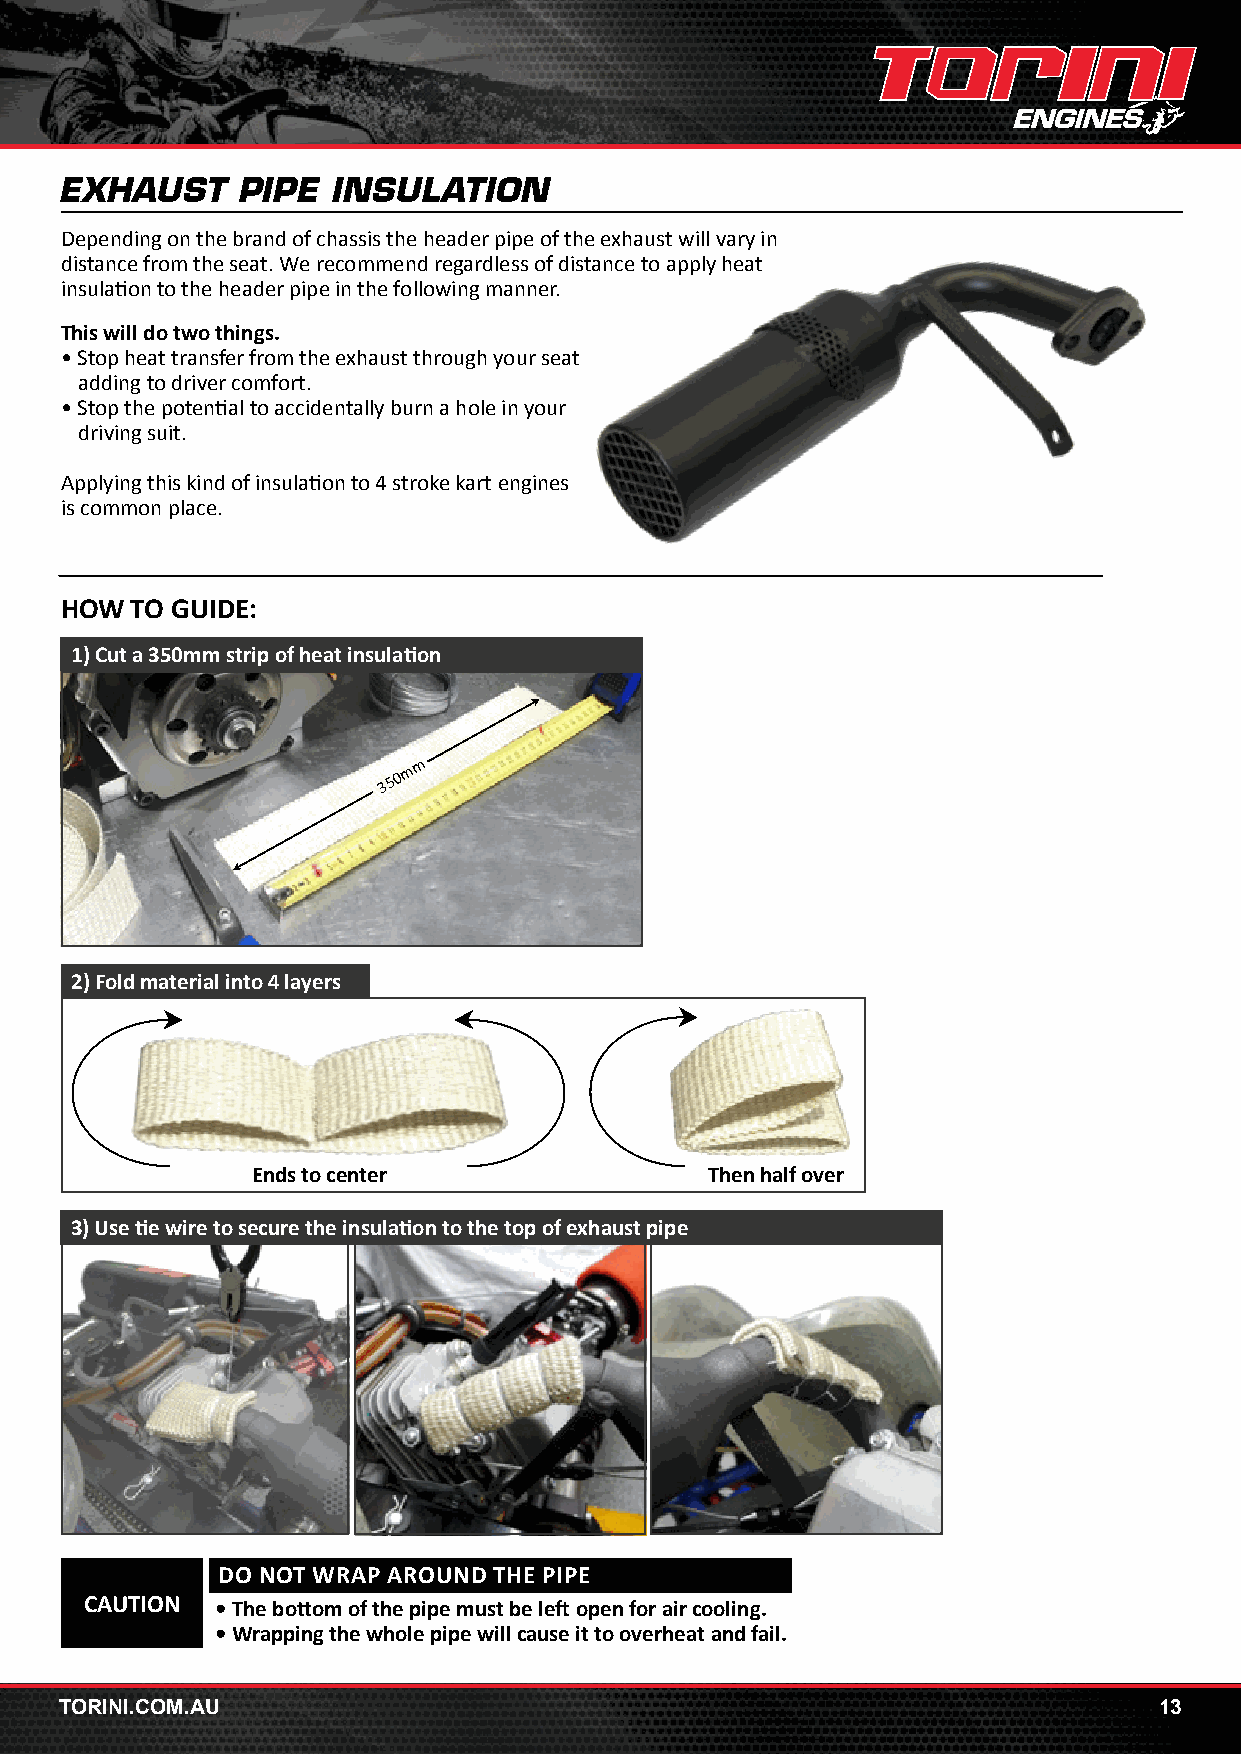
EXHAUST     PIPE  INSULATION
 Depending on the brand of chassis the header pipe of the exhaust will vary in
 distance from the seat. We recommend regardless of distance to apply heat
 insulation to the header pipe in the following manner.
 This will do two things.
 • Stop heat transfer from the exhaust through your seat
 adding to driver comfort.
 • Stop the potential to accidentally burn a hole in your
 driving suit.
 Applying this kind of insulation to 4 stroke kart engines
 is common place.
 HOW  TO GUIDE:
 1) Cut a 350mm strip of heat insulation
 m
 m
 3 5 0
 2) Fold material into 4 layers
 Ends to center                Then half over
 3) Use tie wire to secure the insulation to the top of exhaust pipe
 DO NOT WRAP AROUND THE PIPE
 CAUTION • The bottom of the pipe must be left open for air cooling.
 • Wrapping the whole pipe will cause it to overheat and fail.
 TORINI.COM.AU                                                            13